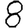
Digit: 8